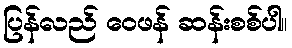
ပြန်လည် ဝေဖန် ဆန်းစစ်ပါ။